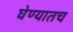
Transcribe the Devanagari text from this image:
घेण्यातच